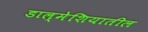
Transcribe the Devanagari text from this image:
डाल्मेशियातील